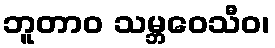
ဘူတာဝ သမ္ဘဝေသီဝ၊